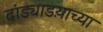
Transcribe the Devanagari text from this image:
दांड्याडय़ाच्या